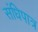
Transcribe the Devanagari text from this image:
संधिपात्र